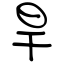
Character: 旱